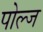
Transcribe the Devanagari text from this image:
पोल्ज